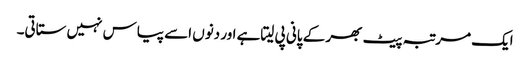
ایک مرتبہ پیٹ بھر کے پانی پی لیتاہے اور دنوں اسے پیاس نہیں ستاتی۔